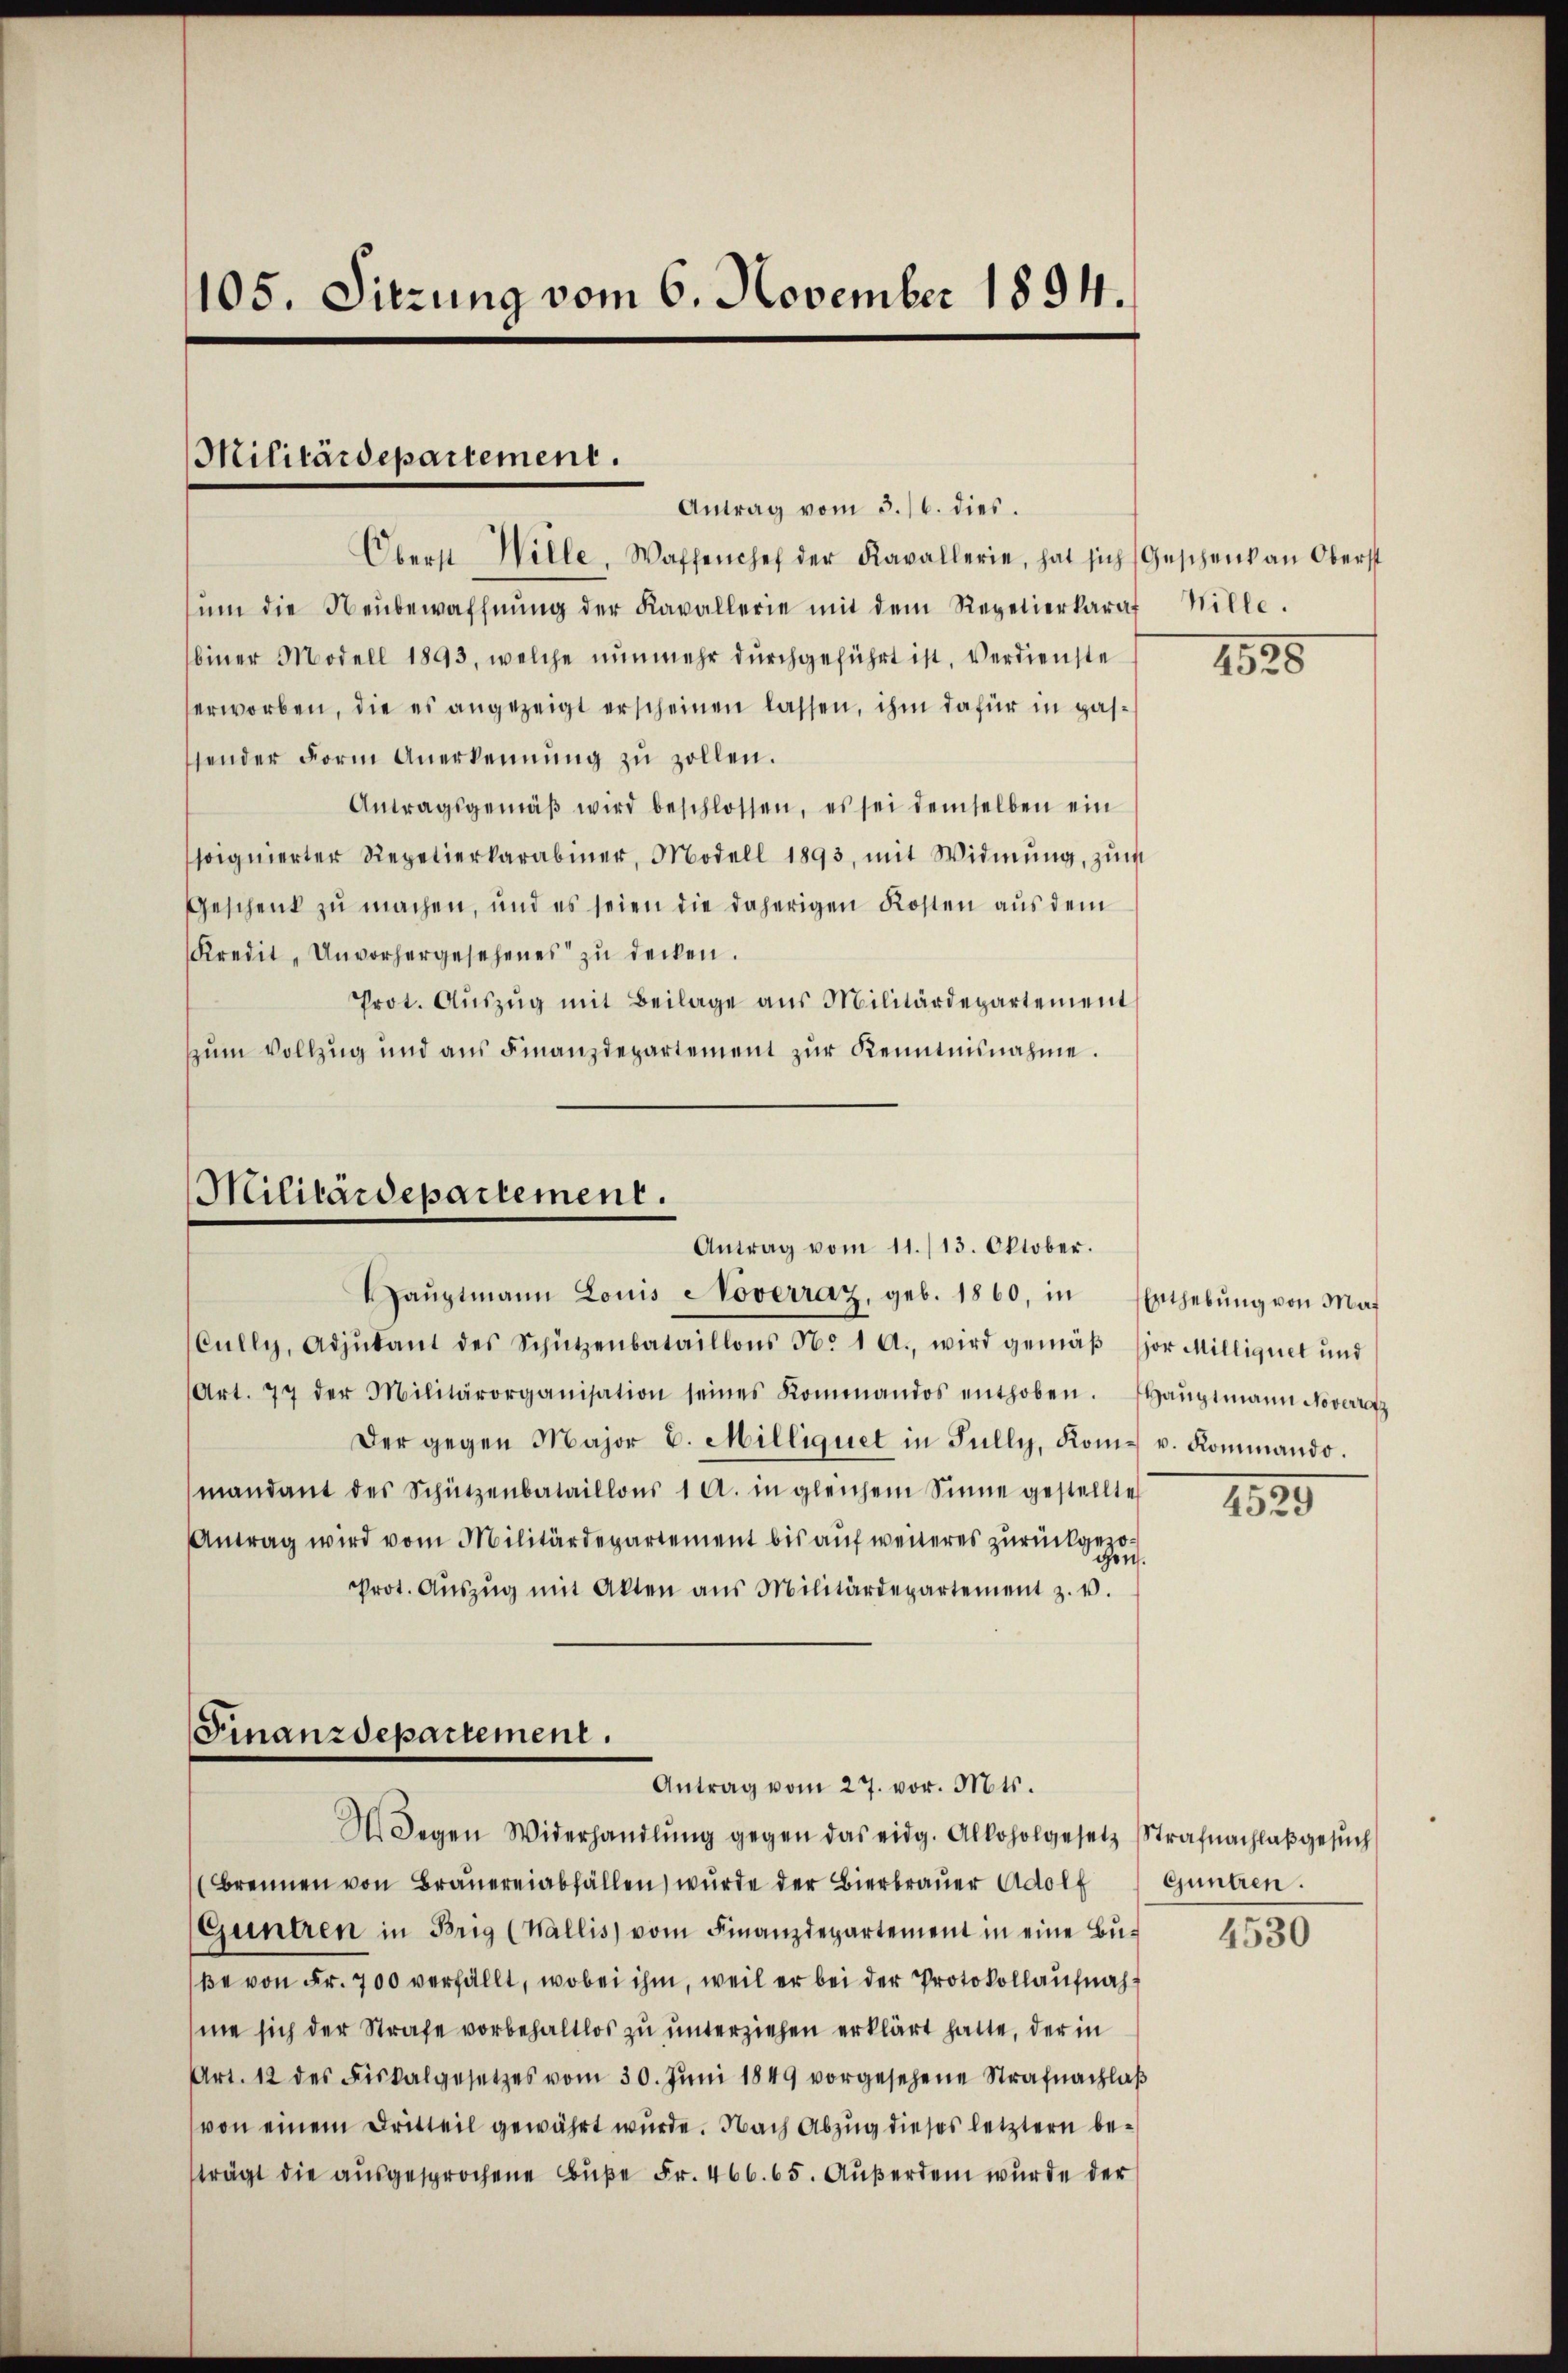
105. Sitzung vom 6. November 1894.

Militärdepartement.
Antrag vom 3./6. dies.

Oberst Wille, Waffenchef der Kavallerie, hat sich (Geschenk an Oberst
ŭm die Neubewaffnŭng der Kavallerie mit dem Repetierkaraf Wille.
biner Modell 1893, welche nunmehr durchgeführt ist, Verdienste
erworben, die es angezeigt erscheinen lassen, ihm dafür in passender Form Anerkennung zŭ zollen.
Antragsgemäβ wird beschlossen, es sei demselben ein
soignierter Repetierkarabiner, Modell 1893, mit Widmung, zum
Geschenk zu machen, und es seien die daherigen Kosten aus dem
Kredit, Unvorhergesehenes zu decken.
Prot. Auszug mit Beilage aus Militärdepartement
zum Vollzug und aus Finanzdepartement zur Kenntnisnahme.

Militärdepartement.
Antrag vom 11./13. Oktober.

Haŭptmann Louis Noverraz, geb. 1860, in Enthebŭng von Ma¬
Cully, Adjutant des Schützenbataillons No 1 A., wird gemäβ sor Milliquet und
(Art. 79 der Militärorganisation seines Kommandos enthoben. Haŭptmann Noversatz
Der gegen Major C. Milliquet in Fully, Kom- u. Kommando.
mandant des Schützenbataillons 1 A. in gleichem Sinne gestellte
Antrag wird vom Militärdepartement bis auf weiteres zurückgezoien.
Prot. Aŭszŭg mit Akten aus Militärdepartement z. u.

Finanzdepartement.
Antrag vom 27. vor. Mts.
I Degen Widerhandlŭng gegen das eidg. Alkoholgesetz (Strafnachlaβgesŭch

(Brennen von Brauereiabfällen, wurde der Bierbrauer Adolf
Guntren in Brig (Wallis vom Finanzdepartement in eine Bŭ-
ße von Fr. 700 verfällt, wobei ihm, weil er bei der Protokollaufnahme sich der Strafe vorbehaltlos zu unterziehen erklärt hatte, der in
Art. 12 des Fiskalgesetzes vom 30. Jŭni 1849 vorgesehene Strafnachlaβ
von einem Dritteil gewährt wurde. Nach Abzug dieses letztern beträgt die ausgesprochene Buße Fr. 466. 65. Außerden wurde der

1525

1820

Guntren.

4530